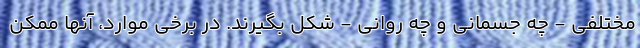
مختلفی - چه جسمانی و چه روانی - شکل بگیرند. در برخی موارد، آنها ممکن